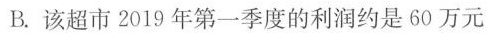
B.该超市2019年第一季度的利润约是60万元